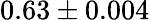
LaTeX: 0.63\pm 0.004